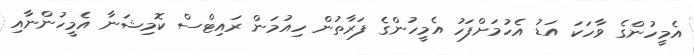
އެމީހުންގެ ވާހަކަ އަޑު އެހުމަށްފަހު އެމީހުންގެ ފަރާތުން ހިއުމަން ރައިޓްސް ކޮމިޝަނާ އެމީހުންނާއި